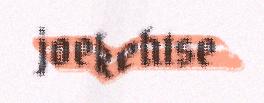
joekehtse